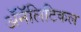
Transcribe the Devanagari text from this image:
ॲनॅलिटिकल